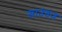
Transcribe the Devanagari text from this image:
साउंडज़